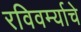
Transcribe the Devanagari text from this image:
रविवर्म्याचे